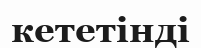
кететінді